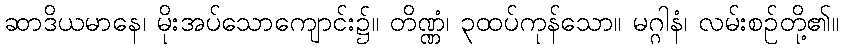
ဆာဒိယမာနေ၊ မိုးအပ်သောကျောင်း၌။ တိဏ္ဏံ၊ ၃ထပ်ကုန်သော။ မဂ္ဂါနံ၊ လမ်းစဉ်တို့၏။